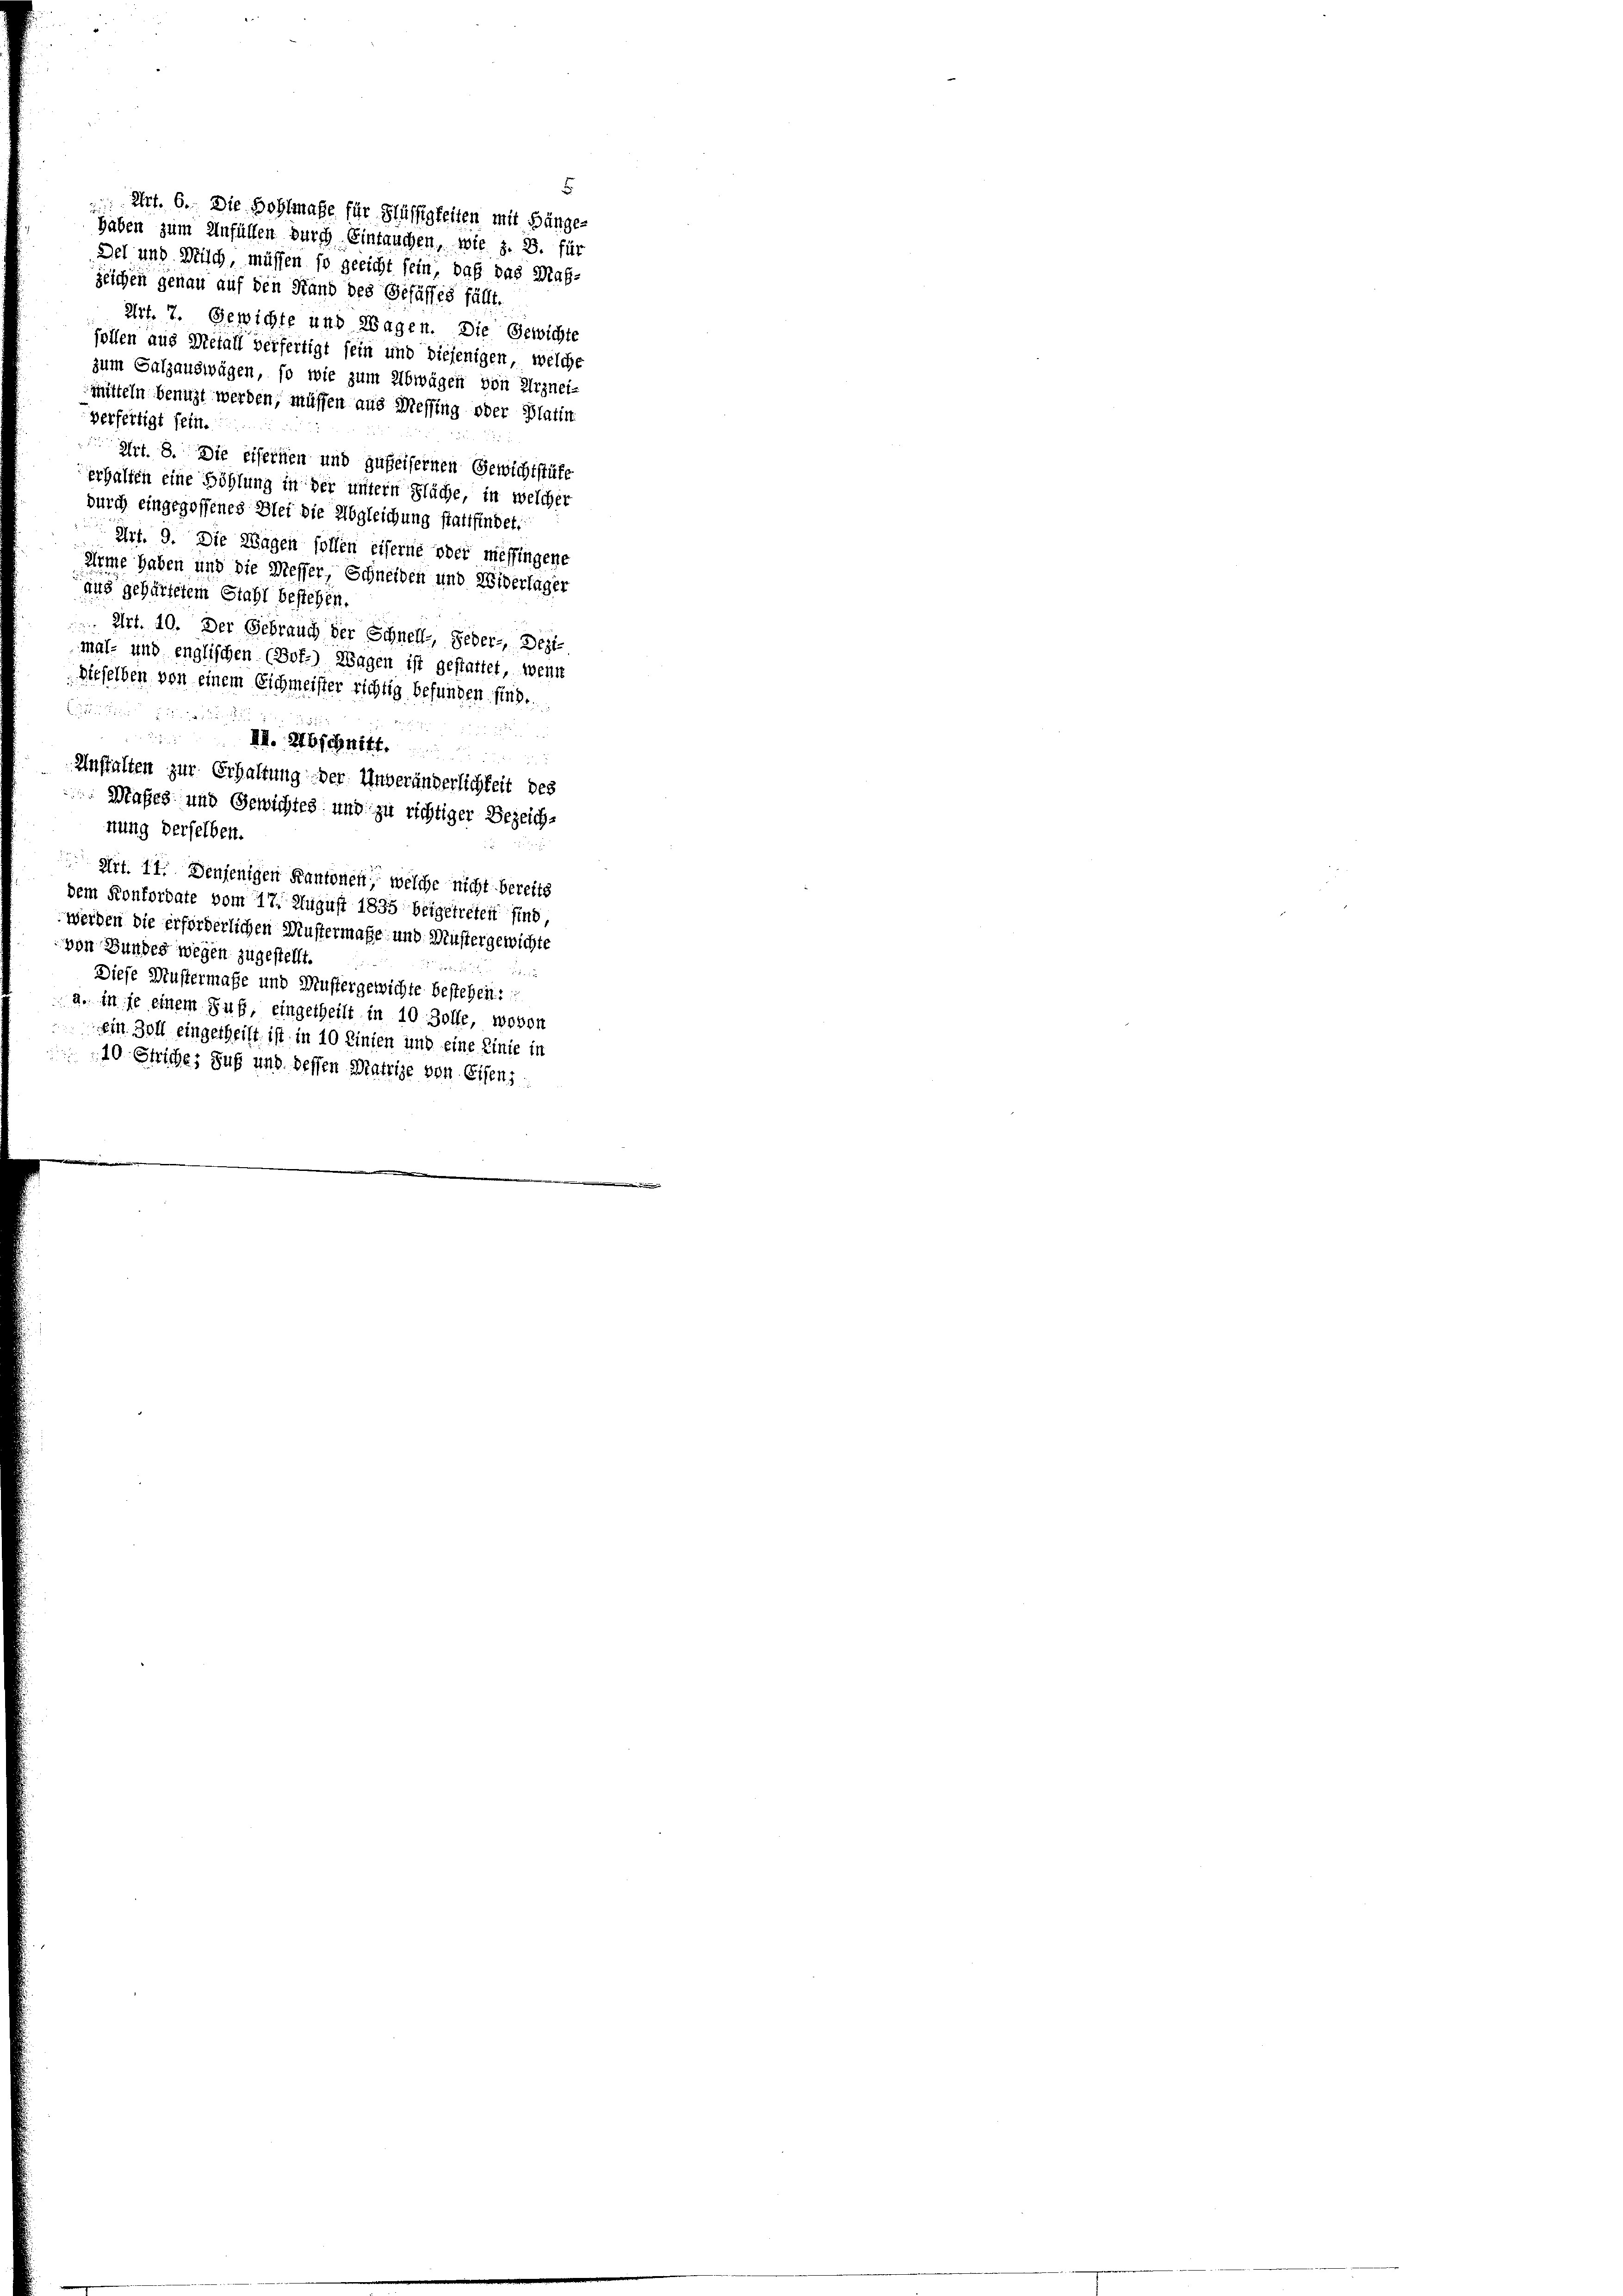
haben zum Anfüllen durch Eintauchen, wie z. B. für
Del und Misch, müssen so gericht sein, daß das Maß-
zeichen genau auf den Stand des Gefässes fällt.
Art. 7. Gewichte und Wagen. Die Gewichte
sollen aus Metall verfertigt sein und diejenigen, welche
zum Salzauswägen, so wie zum Abwägen von Arznei-
mitteln benuzt werden, müssen aus Messing oder Platin
verfertigt sein.
Art. 8. Die eifernen und gußeisernen Gewichtstute
erhalten eine Höhlung in der untern Fläche, in welcher
durch eingegossenes Blei die Abgleichung stattfindet.
Art. 9. Die Wagen sollen eiferne oder messingene
Arme haben und die Messer, Schneiden und Widerlager
aus gehärtetem Stahl bestehen.
 Art. 10. Der Gebrauch der Schnell, Feder- Deztmal- und englischen (Bof-) Wagen ist gestattet, wenn
Dieselben von einem Eichmeister richtig befunden sind..

 . . .
II. Abschnitt.
.
Anstalten zur Erhaltung der Unveränderlichkeit des
Maßes und Gewichtes und zu richtiger Bezeich-
nung derselben.
 Art. 11. Denjenigen Kantonen, welche nicht bereits
dem Konkordate vom 17. August 1835 beigetreten sind
werden die erforderlichen Mustermaße und Mustergewichte
von Bundes wegen zugestellt.
e

Diese Mustermaße und Mustergewichte bestehen:
a. in je einem Sub, eingetheilt in 10 Zolle, wovon
Ein Zoll eingetheilt ist in 10 Linien und eine Linie in
10 Striches sub und dessen Matrige von Eisens

5
 Art. 6. Die Hohlmaße für Flüssigkeiten mit Hänge-